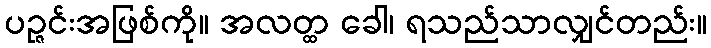
ပဉ္ဇင်းအဖြစ်ကို။ အလတ္ထ ခေါ၊ ရသည်သာလျှင်တည်း။